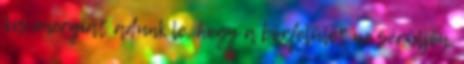
kis energiát adunk le, hogy a bőrfelület ne sérüljön,